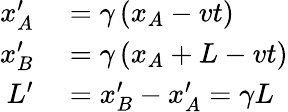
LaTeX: \begin{array}{rl}{x_{A}^{\prime}}&{{}=\gamma\left(x_{A}-vt\right)}\\ {x_{B}^{\prime}}&{{}=\gamma\left(x_{A}+L-vt\right)}\\ {L^{\prime}}&{{}=x_{B}^{\prime}-x_{A}^{\prime}=\gamma L}\end{array}